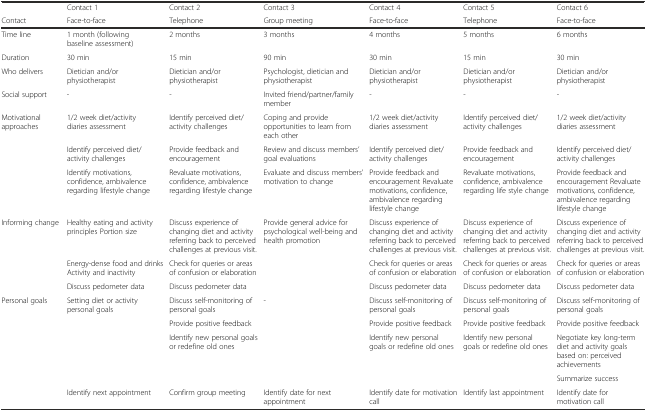
<table><thead><tr><td></td><td><b>Contact 1</b></td><td><b>Contact 2</b></td><td><b>Contact 3</b></td><td><b>Contact 4</b></td><td><b>Contact 5</b></td><td><b>Contact 6</b></td></tr><tr><td><b>Contact</b></td><td><b>Face-to-face</b></td><td><b>Telephone</b></td><td><b>Group meeting</b></td><td><b>Face-to-face</b></td><td><b>Telephone</b></td><td><b>Face-to-face</b></td></tr></thead><tbody><tr><td>Time line</td><td>1 month (following baseline assessment)</td><td>2 months</td><td>3 months</td><td>4 months</td><td>5 months</td><td>6 months</td></tr><tr><td>Duration</td><td>30 min</td><td>15 min</td><td>90 min</td><td>30 min</td><td>15 min</td><td>30 min</td></tr><tr><td>Who delivers</td><td>Dietician and/or physiotherapist</td><td>Dietician and/or physiotherapist</td><td>Psychologist, dietician and physiotherapist</td><td>Dietician and/or physiotherapist</td><td>Dietician and/or physiotherapist</td><td>Dietician and/or physiotherapist</td></tr><tr><td>Social support</td><td>-</td><td>-</td><td>Invited friend/partner/family member</td><td>-</td><td>-</td><td>-</td></tr><tr><td rowspan="3">Motivational approaches</td><td>1/2 week diet/activity diaries assessment</td><td>Identify perceived diet/activity challenges</td><td>Coping and provide opportunities to learn from each other</td><td>1/2 week diet/activity diaries assessment</td><td>Identify perceived diet/activity challenges</td><td>1/2 week diet/activity diaries assessment</td></tr><tr><td>Identify perceived diet/activity challenges</td><td>Provide feedback and encouragement</td><td>Review and discuss members’ goal evaluations</td><td>Identify perceived diet/activity challenges</td><td>Provide feedback and encouragement</td><td>Identify perceived diet/activity challenges</td></tr><tr><td>Identify motivations, confidence, ambivalence regarding lifestyle change</td><td>Revaluate motivations, confidence, ambivalence regarding lifestyle change</td><td>Evaluate and discuss members’ motivation to change</td><td>Provide feedback and encouragement Revaluate motivations, confidence, ambivalence regarding lifestyle change</td><td>Revaluate motivations, confidence, ambivalence regarding life style change</td><td>Provide feedback and encouragement Revaluate motivations, confidence, ambivalence regarding lifestyle change</td></tr><tr><td rowspan="3">Informing change</td><td>Healthy eating and activity principles Portion size</td><td>Discuss experience of changing diet and activity referring back to perceived challenges at previous visit.</td><td rowspan="3">Provide general advice for psychological well-being and health promotion</td><td>Discuss experience of changing diet and activity referring back to perceived challenges at previous visit.</td><td>Discuss experience of changing diet and activity referring back to perceived challenges at previous visit.</td><td>Discuss experience of changing diet and activity referring back to perceived challenges at previous visit.</td></tr><tr><td>Energy-dense food and drinks Activity and inactivity</td><td>Check for queries or areas of confusion or elaboration</td><td>Check for queries or areas of confusion or elaboration</td><td>Check for queries or areas of confusion or elaboration</td><td>Check for queries or areas of confusion or elaboration</td></tr><tr><td>Discuss pedometer data</td><td>Discuss pedometer data</td><td>Discuss pedometer data</td><td>Discuss pedometer data</td><td>Discuss pedometer data</td></tr><tr><td rowspan="4">Personal goals</td><td rowspan="4">Setting diet or activity personal goals</td><td>Discuss self-monitoring of personal goals</td><td rowspan="4">-</td><td>Discuss self-monitoring of personal goals</td><td>Discuss self-monitoring of personal goals</td><td>Discuss self-monitoring of personal goals</td></tr><tr><td>Provide positive feedback</td><td>Provide positive feedback</td><td>Provide positive feedback</td><td>Provide positive feedback</td></tr><tr><td rowspan="2">Identify new personal goals or redefine old ones</td><td rowspan="2">Identify new personal goals or redefine old ones</td><td rowspan="2">Identify new personal goals or redefine old ones</td><td>Negotiate key long-term diet and activity goals based on: perceived achievements</td></tr><tr><td>Summarize success</td></tr><tr><td></td><td>Identify next appointment</td><td>Confirm group meeting</td><td>Identify date for next appointment</td><td>Identify date for motivation call</td><td>Identify last appointment</td><td>Identify date for motivation call</td></tr></tbody></table>